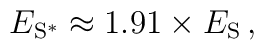
E_{\mathrm{S}^*} \approx 1.91 \times E_\mathrm{S}\,,